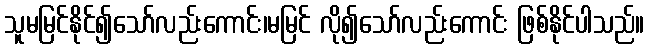
သူမမြင်နိုင်၍သော်လည်းကောင်း၊မမြင် လို၍သော်လည်းကောင်း ဖြစ်နိုင်ပါသည်။